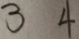
3 4